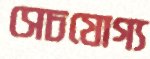
সেচযোগ্য